Rules regarding the measures to be adopted on the outbreak of cholera or appearance of small-pox
Disease focus: Cholera
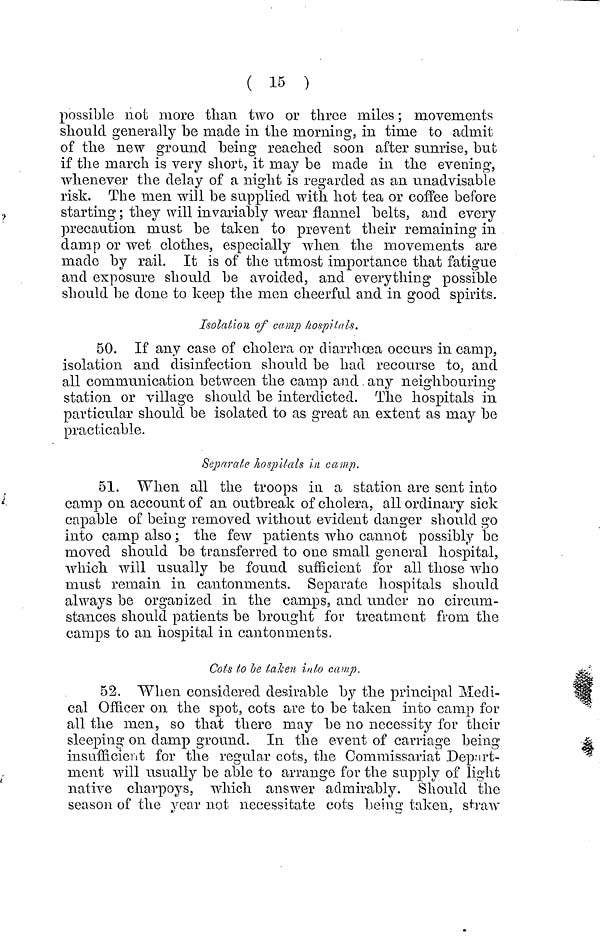
( 15 )
possible not more than two or three miles ; movements
should generally be made in the morning, in time to admit
of the new ground being reached soon after sunrise, but
if the march is very short, it may be made in the evening,
whenever the delay of a night is regarded as an unadvisable
risk. The men will be supplied with hot tea or coffee before
starting ; they will invariably wear flannel belts, and every
precaution must be taken to prevent their remaining in
damp or wet clothes, especially when the movements are
made by rail. It is of the utmost importance that fatigue
and exposure should be avoided, and everything possible
should be done to keep the men cheerful and in good spirits.
Isolation of camp hospilals.
50. If any case of cholera or diarrhoea occurs in camp,
isolation and disinfection should be had recourse to, and
all communication between the camp and any neighbouring
station or village should be interdicted. The hospitals in
particular should be isolated to as great an extent as may be
practicable.
Separate hospitals in camp.
51. When all the troops in a station are sent into
camp on account of an outbreak of cholera, all ordinary sick
capable of being removed without evident danger should go
into camp also ; the few patients who cannot possibly be
moved should be transferred to one small general hospital,
which will usually be found sufficient for all those who
must remain in cantonments. Separate hospitals should
always be organized in the camps, and under no circum-
stances should patients be brought for treatment from the
camps to an hospital in cantonments.
Cots to be taken into camp.
52. When considered desirable by the principal Medi-
cal Officer on the spot, cots are to be taken into camp for
all the men, so that there may be no necessity for their
sleeping on damp ground. In the event of carriage being
insufficient for the regular cots, the Commissariat Depart-
ment will usually be able to arrange for the supply of light
native charpoys, which answer admirably. Should the
season of the year not necessitate cots being taken, straw